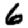
Digit: 6